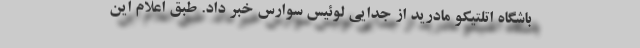
باشگاه اتلتیکو مادرید از جدایی لوئیس سوارس خبر داد. طبق اعلام این